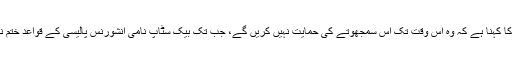
دونوں گروپوں کا کہنا ہے کہ وہ اس وقت تک اس سمجھوتے کی حمایت نہیں کریں گے، جب تک بیک سٹاپ نامی انشورنس پالیسی کے قواعد ختم نہیں کئے جاتے۔